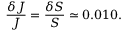
\frac { \delta J } { J } = \frac { \delta S } { S } \simeq 0 . 0 1 0 .